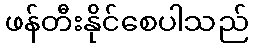
ဖန်တီးနိုင်စေပါသည်